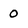
Character: 0